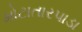
મોટાતારપાડા